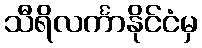
သီရိလင်္ကာနိုင်ငံမှ